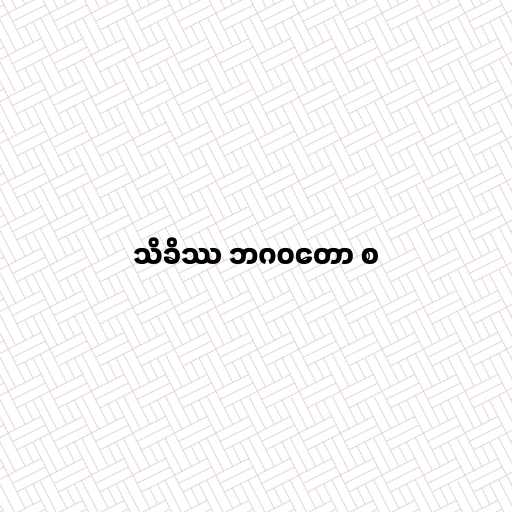
သိခိဿ ဘဂဝတော စ